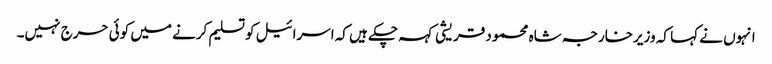
انہوں نے کہا کہ وزیرخارجہ شاہ محمود قریشی کہہ چکے ہیں کہ اسرائیل کو تسلیم کرنے میں کوئی حرج نہیں۔